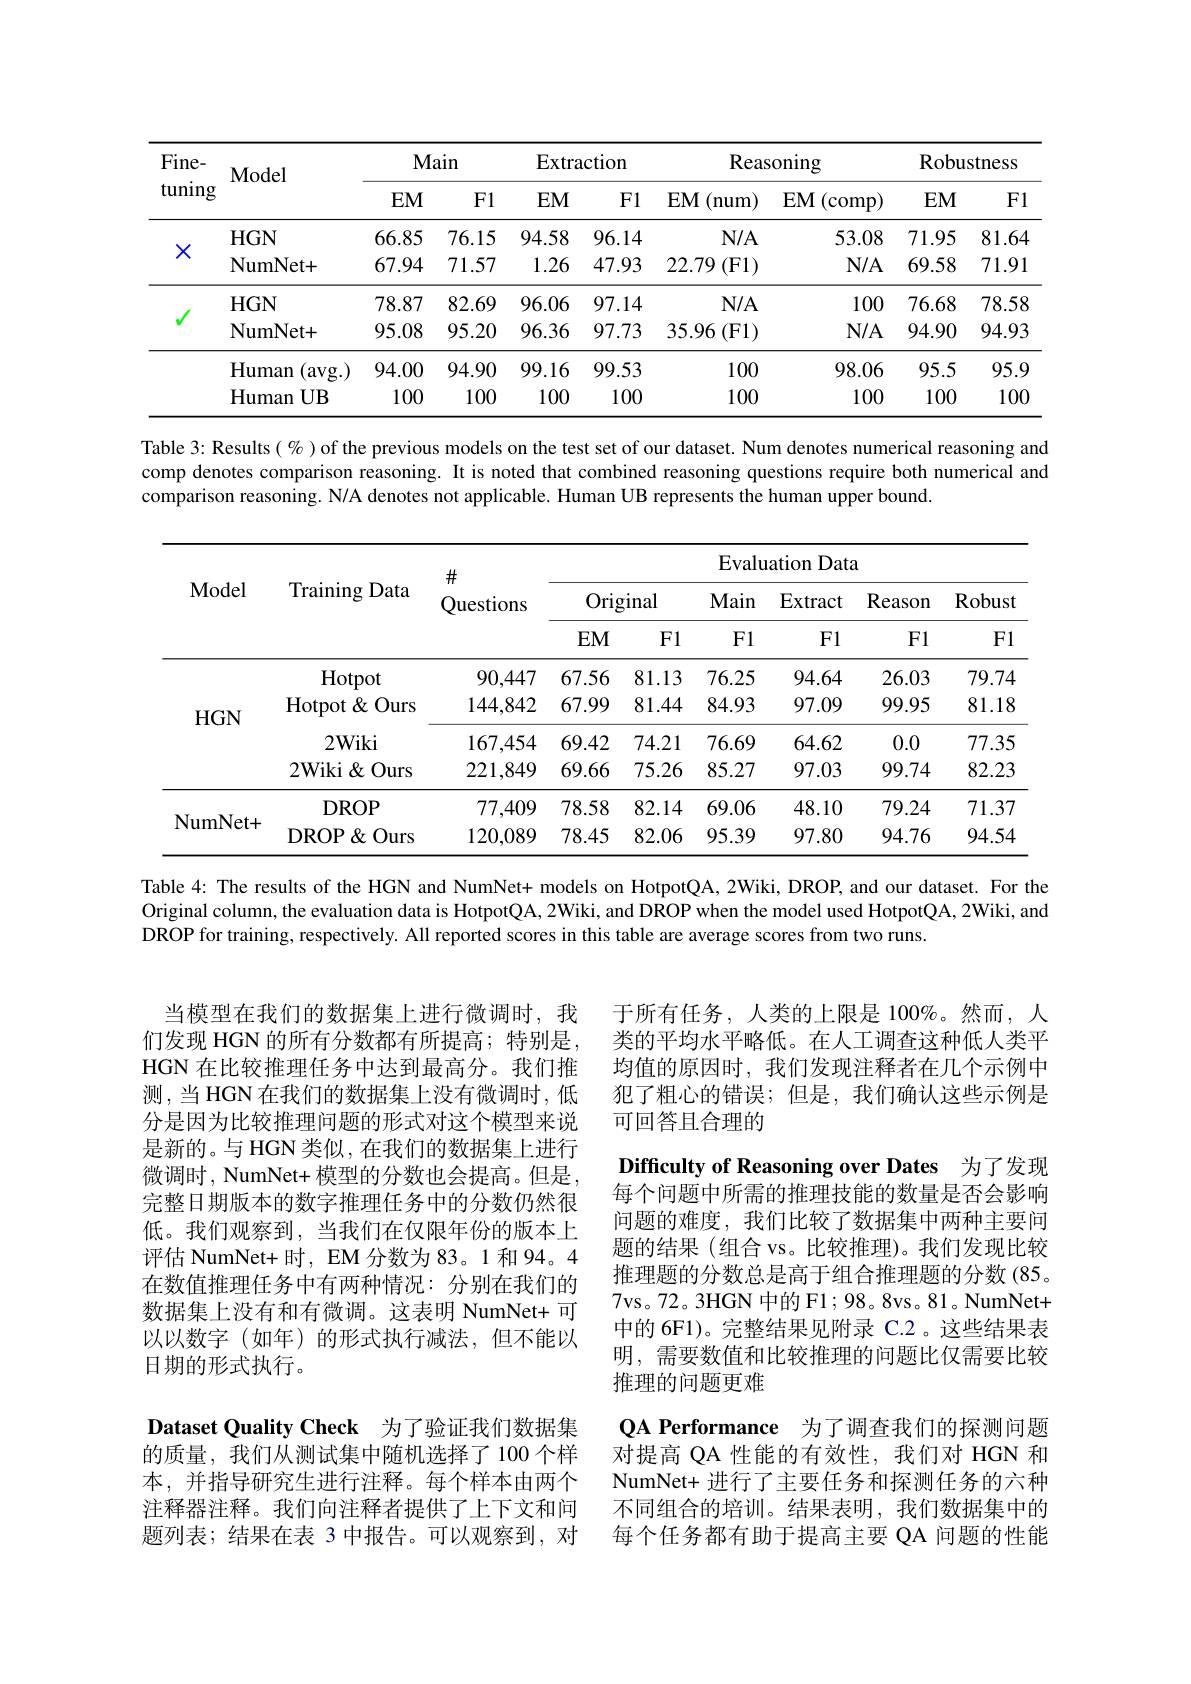
<table>
	<tbody>
		<tr>
			<th rowspan="2">$Fine-$ tuning</th>
			<th rowspan="2">$\mathbf{Model}$</th>
			<th colspan="2">Main</th>
			<th colspan="2">Extraction</th>
			<th colspan="2">Reasoning</th>
			<th colspan="2">Robustness</th>
		</tr>
		<tr>
			<th>$EM$</th>
			<th>F1</th>
			<th>$EM$</th>
			<th>F1</th>
			<th>$EM$ (num)</th>
			<th>$EM$ (comp)</th>
			<th>$EM$</th>
			<th>Fl</th>
		</tr>
		<tr>
			<td rowspan="2">X</td>
			<td>$HGN$</td>
			<td>66.85</td>
			<td>76.15</td>
			<td>94.58</td>
			<td>96.14</td>
			<td>$N/A$</td>
			<td>53.08</td>
			<td>71.95</td>
			<td>81.64</td>
		</tr>
		<tr>
			<td>NumNet+ </td>
			<td>67.94</td>
			<td>71.57</td>
			<td>1.26</td>
			<td>47.93</td>
			<td>22.79 (F1)</td>
			<td>$N/A$</td>
			<td>69.58</td>
			<td>71.91</td>
		</tr>
		<tr>
			<td rowspan="1">$√$</td>
			<td>$HGN$</td>
			<td>78.87</td>
			<td>82.69</td>
			<td>96.06</td>
			<td>97.14</td>
			<td>$N/A$</td>
			<td>100</td>
			<td>76.68</td>
			<td>78.58</td>
		</tr>
		<tr>
			<td rowspan="3">$V$</td>
			<td>NumNet+ </td>
			<td>95.08</td>
			<td>95.20</td>
			<td>96.36</td>
			<td>97.73</td>
			<td>35.96(F1)</td>
			<td>$N/A$</td>
			<td>94.90</td>
			<td>94.93</td>
		</tr>
		<tr>
			<td>${\mathrm{Human}}$ (avg. )</td>
			<td>94.00</td>
			<td>94.90</td>
			<td>99.16</td>
			<td>99.53</td>
			<td>100</td>
			<td>98.06</td>
			<td>95.5</td>
			<td>95.9</td>
		</tr>
		<tr>
			<td>${\mathrm{Human}}$ $UB$</td>
			<td>100</td>
			<td>100</td>
			<td>100</td>
			<td>100</td>
			<td>100</td>
			<td>100</td>
			<td>100</td>
			<td>10C</td>
		</tr>
	</tbody>
</table>

Table 3: Results(%) of the previous models on the test set of our dataset. Num denotes numerical reasoning and comp denotes comparison reasoning. It is noted that combined reasoning questions require both numerical and comparison reasoning. N/A denotes not applicable. Human UB represents the human upper bound.

<table>
	<tbody>
		<tr>
			<th rowspan="3">Model</th>
			<th rowspan="3">Training Data</th>
			<th rowspan="3">$\#$ Questions</th>
			<th colspan="6">Evaluation Data</th>
		</tr>
		<tr>
			<th colspan="2">Original</th>
			<th rowspan="2">Main F1</th>
			<th rowspan="2">$\operatorname{Extract}$ F1</th>
			<th rowspan="2">Reason F1</th>
			<th rowspan="2">Robust F1</th>
		</tr>
		<tr>
			<th>$EM$</th>
			<th>F1</th>
		</tr>
		<tr>
			<td rowspan="4">$HGN$</td>
			<td>Hotpot</td>
			<td>90,447</td>
			<td>67.56</td>
			<td>81.13</td>
			<td>76.25</td>
			<td>94.64</td>
			<td>26.03</td>
			<td>79.74</td>
		</tr>
		<tr>
			<td>Hotpot$\&$ Ours</td>
			<td>144,842</td>
			<td>67.99</td>
			<td>81.44</td>
			<td>84.93</td>
			<td>97.09</td>
			<td>99.95</td>
			<td>81.18</td>
		</tr>
		<tr>
			<td>$2Wiki$</td>
			<td>167,454</td>
			<td>69.42</td>
			<td>74.21</td>
			<td>76.69</td>
			<td>64.62</td>
			<td>0.0</td>
			<td>77.35</td>
		</tr>
		<tr>
			<td>2Wiki & Ours</td>
			<td>221,849</td>
			<td>69.66</td>
			<td>75.26</td>
			<td>85.27</td>
			<td>97.03</td>
			<td>99.74</td>
			<td>82.23</td>
		</tr>
		<tr>
			<td rowspan="2">NumNet+ </td>
			<td>DROP</td>
			<td>77,409</td>
			<td>78.58</td>
			<td>82.14</td>
			<td>69.06</td>
			<td>48.10</td>
			<td>79.24</td>
			<td>71.37</td>
		</tr>
		<tr>
			<td>DROP $\&$ Ours</td>
			<td>120,089</td>
			<td>78.45</td>
			<td>82.06</td>
			<td>95.39</td>
			<td>97.80</td>
			<td>94.76</td>
			<td>94.54</td>
		</tr>
	</tbody>
</table>

Table 4: The results of the HGN and NumNet+ models on HotpotQA, 2Wiki, DROP, and our dataset. For the Original column, the evaluation data is HotpotQA, 2Wiki, and DROP when the model used HotpotQA, 2Wiki, and DROP for training, respectively. All reported scores in this table are average scores from two runs.

当模型在我们的数据集上进行微调时，我们发现 HGN 的所有分数都有所提高；特别是， HGN 在比较推理任务中达到最高分。我们推测，当 HGN 在我们的数据集上没有微调时，低分是因为比较推理问题的形式对这个模型来说是新的。与 HGN 类似，在我们的数据集上进行微调时，NumNet+ 模型的分数也会提高。但是， 完整日期版本的数字推理任务中的分数仍然很低。我们观察到，当我们在仅限年份的版本上评估 NumNet+ 时，EM 分数为 83。1 和 94。4在数值推理任务中有两种情况：分别在我们的数据集上没有和有微调。这表明 NumNet+ 可以以数字(如年)的形式执行减法，但不能以日期的形式执行。

于所有任务，人类的上限是 100%。然而，人类的平均水平略低。在人工调查这种低人类平均值的原因时，我们发现注释者在几个示例中犯了粗心的错误；但是，我们确认这些示例是可回答且合理的

Difficulty of Reasoning over Dates 为了发现

每个问题中所需的推理技能的数量是否会影响

问题的难度，我们比较了数据集中两种主要问题的结果(组合 vs。比较推理)。我们发现比较推理题的分数总是高于组合推理题的分数(85。7vs。72。3HGN 中的 F1; 98。8vs。81。NumNet+ 中的 6F1)。完整结果见附录 C.2 。这些结果表明，需要数值和比较推理的问题比仅需要比较推理的问题更难
QA Performance 为了调查我们的探测问题对提高 QA 性能的有效性，我们对 HGN 和NumNet+ 进行了主要任务和探测任务的六种不同组合的培训。结果表明，我们数据集中的每个任务都有助于提高主要 QA 问题的性能

Dataset Quality Check 为了验证我们数据集的质量，我们从测试集中随机选择了100个样本，并指导研究生进行注释。每个样本由两个注释器注释。我们向注释者提供了上下文和问题列表；结果在表 3 中报告。可以观察到，对